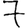
Digit: 7